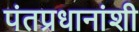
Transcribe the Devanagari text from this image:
पंतप्रधानांशी